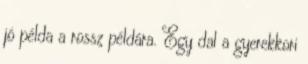
jó példa a rossz példára. Egy dal a gyerekkori